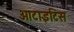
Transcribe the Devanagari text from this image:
ओटाइटिस